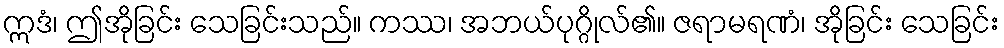
ဣဒံ၊ ဤအိုခြင်း သေခြင်းသည်။ ကဿ၊ အဘယ်ပုဂ္ဂိုလ်၏။ ဇရာမရဏံ၊ အိုခြင်း သေခြင်း